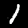
Label: 1